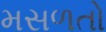
મસળતો